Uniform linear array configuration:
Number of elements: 24
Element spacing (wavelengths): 0.75
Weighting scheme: hann
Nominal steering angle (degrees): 45
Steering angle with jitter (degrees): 44.249
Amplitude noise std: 0.05
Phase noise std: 0.05

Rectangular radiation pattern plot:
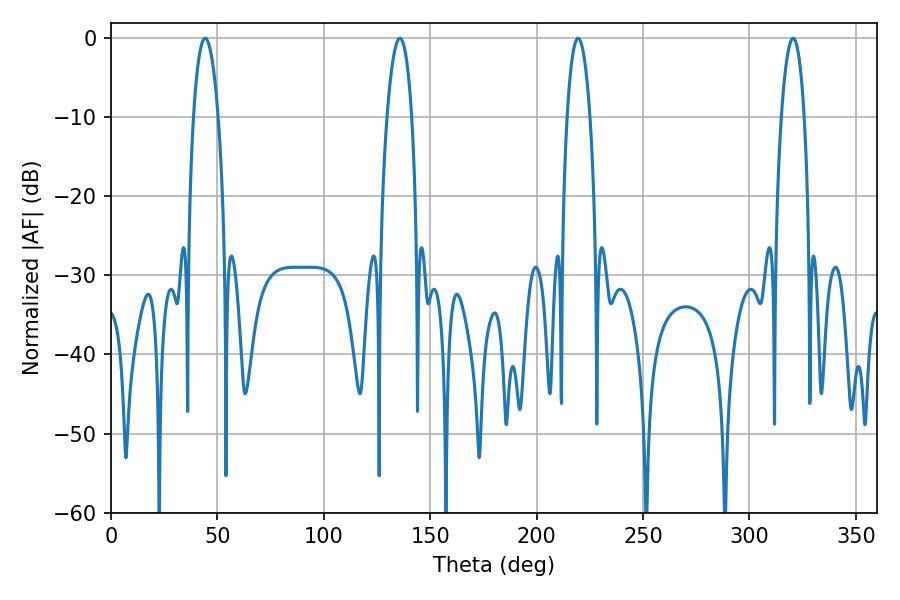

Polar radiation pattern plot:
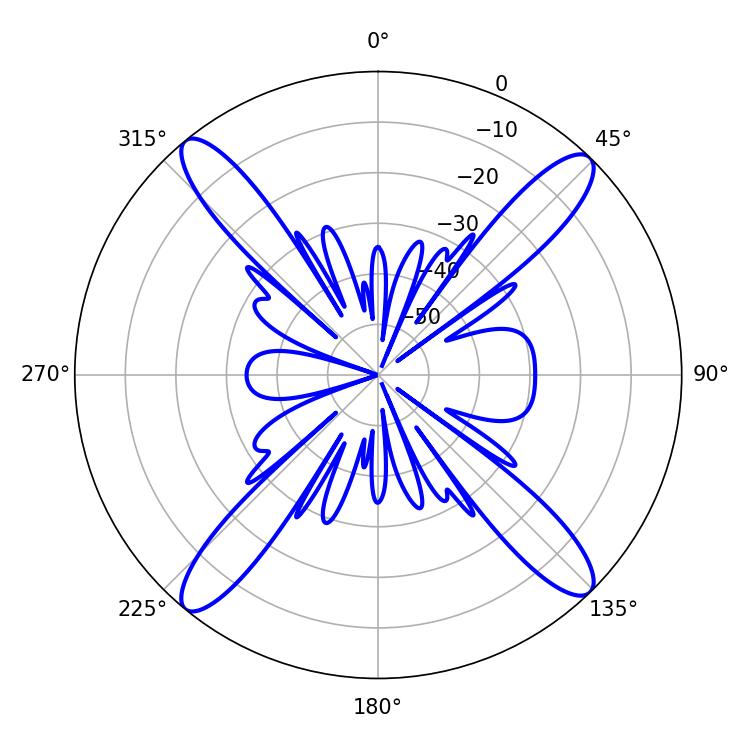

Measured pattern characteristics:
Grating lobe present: TRUE
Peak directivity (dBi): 18.724
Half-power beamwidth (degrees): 6.48
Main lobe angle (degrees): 44.28